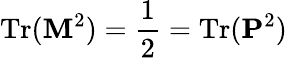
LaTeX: \mathrm{Tr}({\mathbf M}^{2})={\frac{1}{2}}=\mathrm{Tr}({\mathbf P}^{2})\,